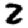
Digit: 2